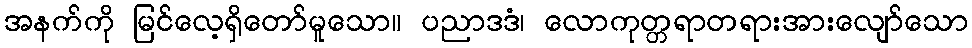
အနက်ကို မြင်လေ့ရှိတော်မူသော။ ပညာဒဒံ၊ လောကုတ္တရာတရားအားလျော်သော